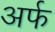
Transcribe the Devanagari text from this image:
अर्फ